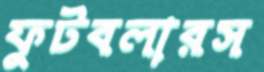
ফুটবলারস